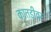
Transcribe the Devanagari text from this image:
कातडीवर